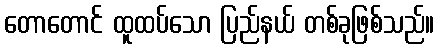
တောတောင် ထူထပ်သော ပြည်နယ် တစ်ခုဖြစ်သည်။